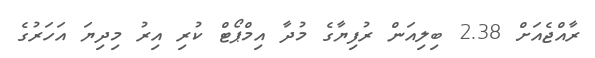
ރާއްޖެއަށް 2.38 ބިލިއަން ރުފިޔާގެ މުދާ އިމްޕޯޓް ކުރި އިރު މިދިޔަ އަހަރުގެ